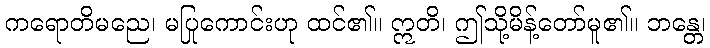
ကရောတိမညေ၊ မပြုကောင်းဟု ထင်၏။ ဣတိ၊ ဤသို့မိန့်တော်မူ၏။ ဘန္တေ၊